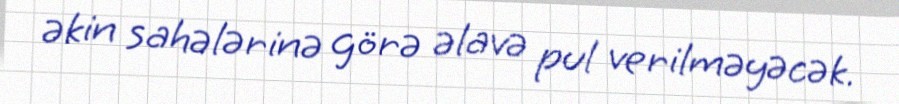
əkin sahələrinə görə əlavə pul verilməyəcək.